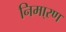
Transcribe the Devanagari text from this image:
निमा्रण